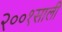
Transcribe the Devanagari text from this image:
२००१साली